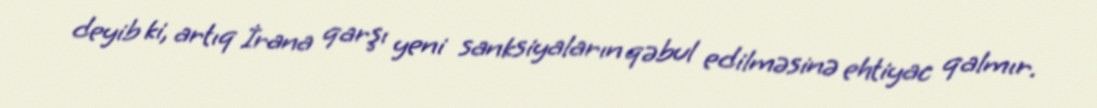
deyib ki, artıq İrana qarşı yeni sanksiyaların qəbul edilməsinə ehtiyac qalmır.